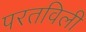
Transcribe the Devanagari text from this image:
परतविली